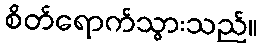
စိတ်ရောက်သွားသည်။